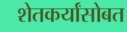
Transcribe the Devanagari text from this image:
शेतकर्यांसोबत